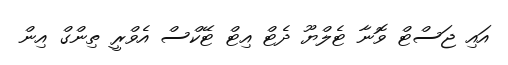
އައި ޖަސްޓް ވޮނާ ޓެލްޔޫ ދެޓް އިޓް ޓޭކްސް އެވްރީ ތިންގް އިން